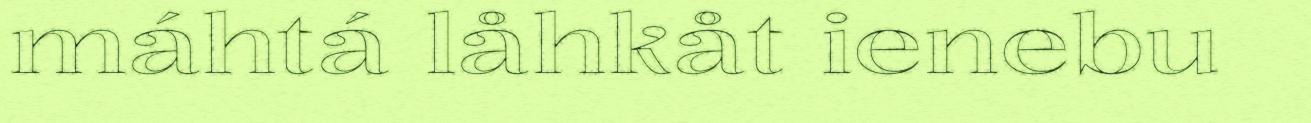
máhtá låhkåt ienebu